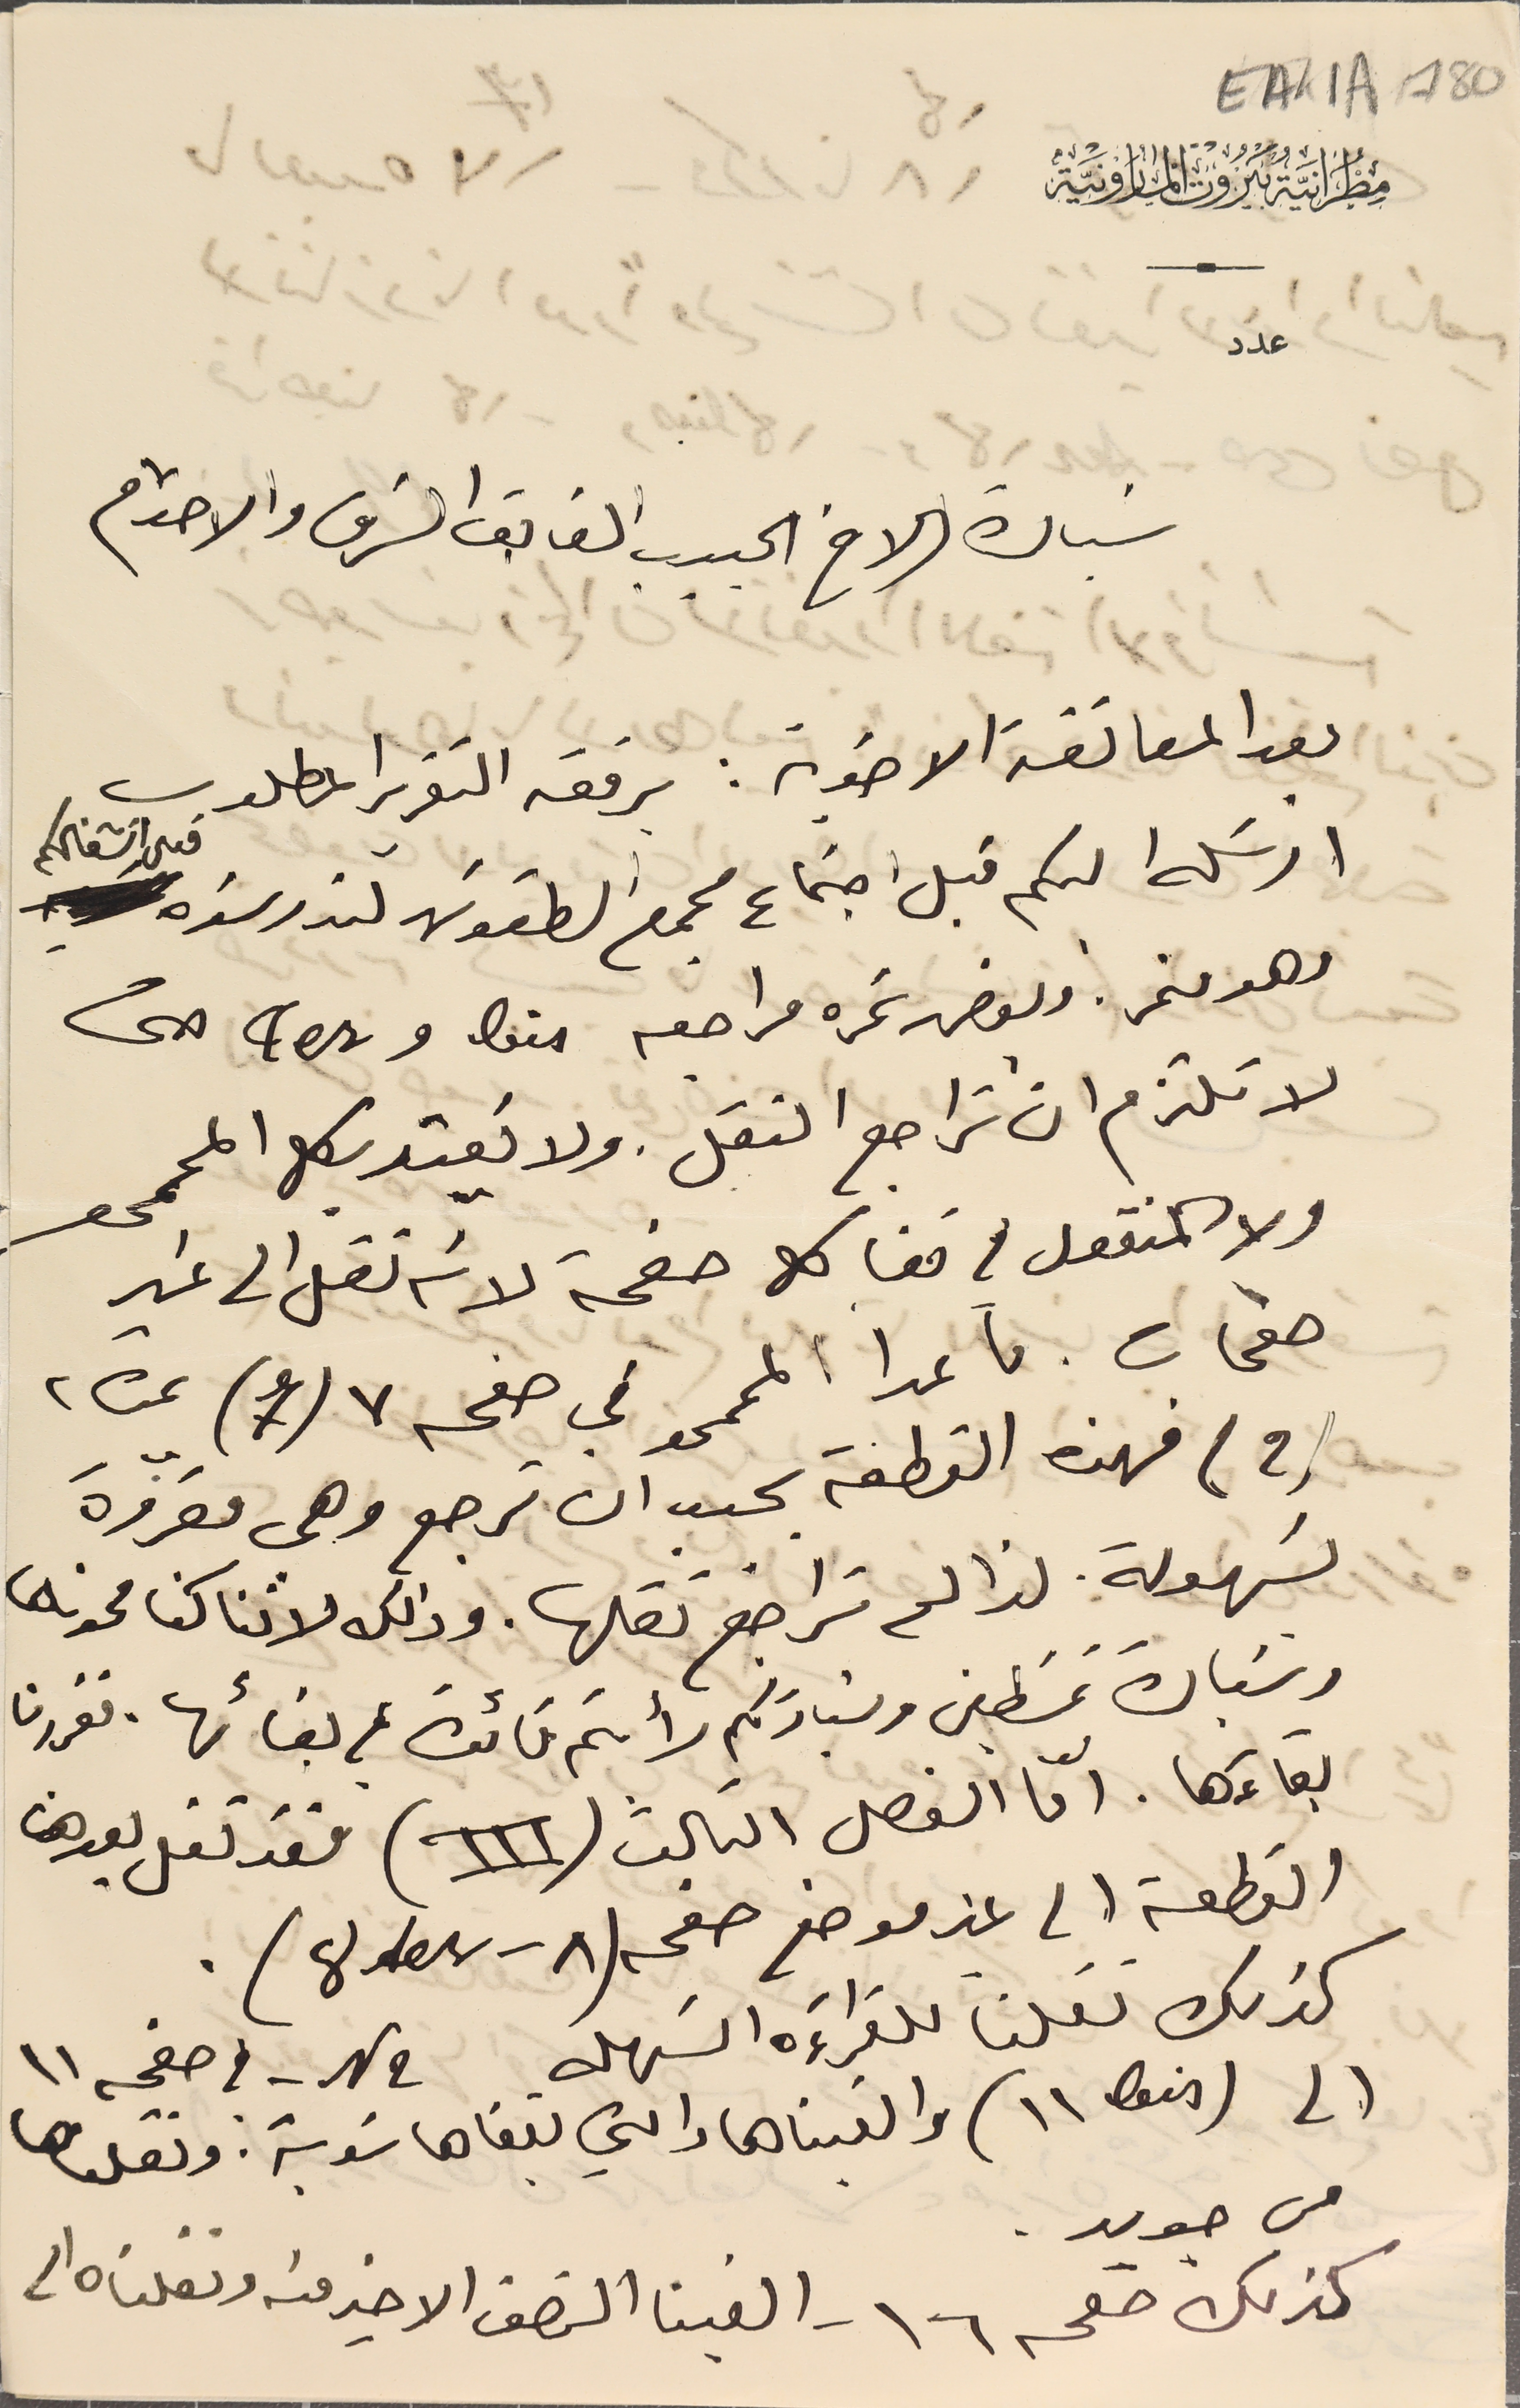
سبادة الاخ الحبيب الفايق الشرف والاحترام
بعد المعانقة الاخوية: برفقه التقرير المطلوب
 ارسَله لكم قبل اجتماع مجمع الطقوسَ لتدرسَوه قبل انشغالكم
وهو منمر وبعض نمره مراجعه bis و  tes حتى
لا تلتزم ان تراجع النقل. ولا يَعتد بكل الممحو
ولا المنقول في قفا كل صفحة لانه نقل الى غير
صفحات. ما عدا الممحو في صفحه ٧ (7) نمرة ٢
(2) فهذه القطعة يجب ان ترجع وهى مقروّة
بسَهولة. لذا لم تراجع نقلها. وذلك لاننا كنا محوناها
وسَيادة غسَطين وسَيادتكم رأيتم فائدة من بقائها. فقررنا
 بقاءَها. اما الفصل الثالث (III) فقد نقل بعدها
القطعة الى غير موضع صفحه (tes 8 ٨ ).
كذلك نقلنا للقراءَة السَهله N 2 - في صفحه ١١
الى ( bis ١١ ) والقيناها والتي تبقاها سَوبة: ونقلناها
EAK1A - 180
مطرانية بيروت المارونية
عدد
من جديد
كذلك صفحه ١٦ - الغينا النصف الاخير منه ونقلناه الى